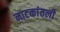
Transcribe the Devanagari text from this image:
नाटकांतली